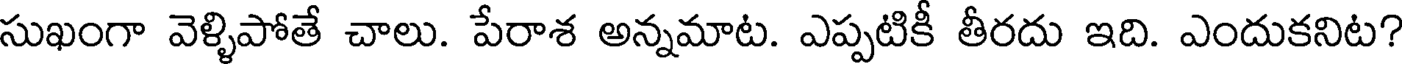
సుఖంగా వెళ్ళిపోతే చాలు. పేరాశ అన్నమాట. ఎప్పటికీ తీరదు ఇది. ఎందుకనిట?